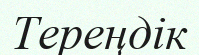
Тереңдік